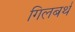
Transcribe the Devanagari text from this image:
गिलबर्थ